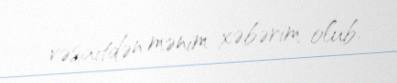
vəsaitdən mənim xəbərim olub.